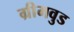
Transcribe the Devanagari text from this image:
ग्रीमवुड